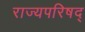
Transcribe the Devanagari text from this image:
राज्यपरिषद्